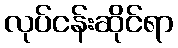
လုပ်ငန်းဆိုင်ရာ